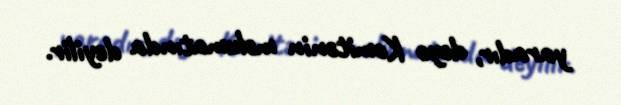
yaradır, deyə Komitənin məlumatında deyilir.